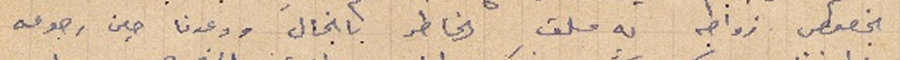
بخصوص زواجه له ملق الخاطر بانجال ووعدنا حين رجوعه